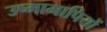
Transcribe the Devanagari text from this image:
उष्मामापियों